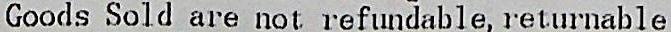
GOODS SOLD ARE NOT REFUNDABLE, RETURNABLE